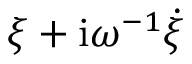
\xi + \mathrm { i } \omega ^ { - 1 } \dot { \xi }